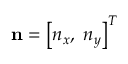
\mathbf { n } = { \left[ { { n _ { x } } , \; { n _ { y } } } \right] ^ { T } }